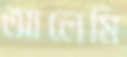
আলেমি